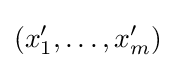
(x'_{1},\ldots ,x'_{m})